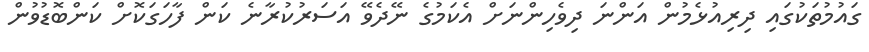
ގައުމުތަކުގައި ދިރިއުޅެމުން އަންނަ ދިވެހިންނަށް އެކަމުގެ ނޭދެވޭ އަސަރުކުރާނެ ކަން ފާހަގަކޮށް ކަންބޮޑުވުން